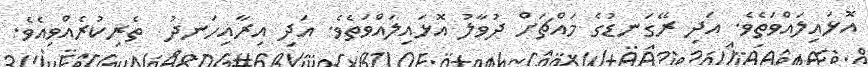
އޮޅައިލައްވަތެވެ. އަދި ރޭގަނޑުގެ މައްޗަށް ދުވާލު އޮޅައިލައްވަތެވެ. އަދި އިރާއިހަނދު  ތެރިކުރެއްވިއެވެ.